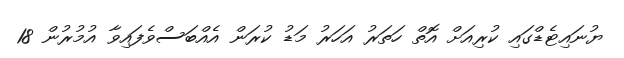
ޔުނައިޓެޑްގައި ކުރިއަށް އޮތް ހަތަރު އަހަރު މަޑު ކުރަން އެއްބަސްވެފައިވާ އުމުރުން 18